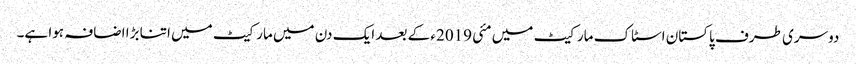
دوسری طرف پاکستان اسٹاک مارکیٹ میں مئی 2019ء کے بعد ایک دن میں مارکیٹ میں اتنا بڑا اضافہ ہوا ہے۔